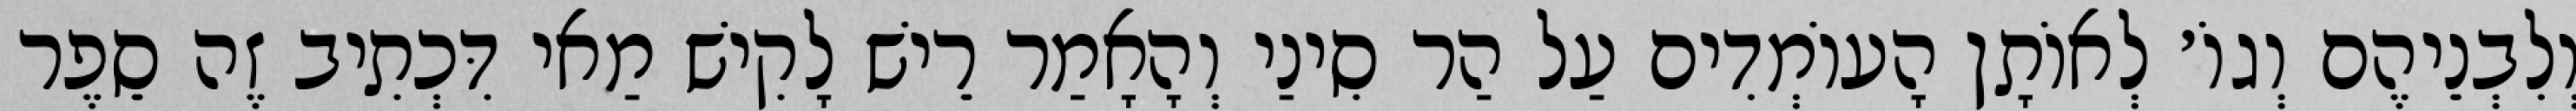
וְלִבְנֵיהֶם וְגוֹ׳ לְאוֹתָן הָעוֹמְדִים עַל הַר סִינַי וְהָאָמַר רֵישׁ לָקִישׁ מַאי דִּכְתִיב זֶה סֵפֶר